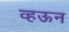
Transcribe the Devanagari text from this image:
व्हऊन